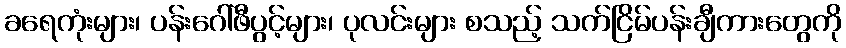
ခရေကုံးများ၊ ပန်းဂေါ်ဖီပွင့်များ၊ ပုလင်းများ စသည့် သက်ငြိမ်ပန်းချီကားတွေကို